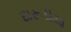
દારૂડીયા